Report on vaccination in Madras 1904-1921 - 1904-1921
Year: 1904
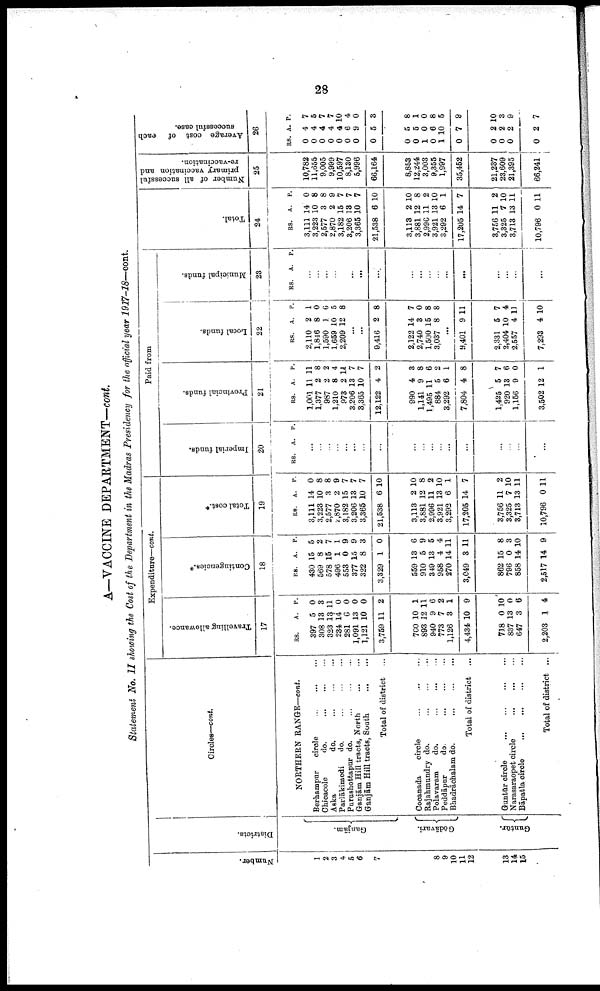
28
A—VACCINE DEPARTMENT—cont.
Statement No. II showing the Cost of the Department in the Madras Presidency for the official year 1917-18—cont.
Number.
1
2
3
4
5
6
7
8
9
10 11
12
13
14
15
Districts.
Ganjām.
Gōdāvari.
Guntūr.
Circles—cont.
NORTHERN RANGE—cont.
Berhampur
circle
...
...
...
Chicacole
do.
...
...
...
Aska
do.
...
...
...
Parlākimedi
do.
...
...
...
Purushottapur do.
...
...
...
Ganjām Hill tracts, North
...
...
Ganjām Hill tracts, South
...
...
Total of district ...
Cocanada
circle
...
...
...
Rajahmundry do.
...
...
...
Polavaram
do.
...
...
...
Peddāpur
do.
...
...
...
Bhadrāchalam do.
...
...
...
Total of district ...
Guntūr circle
...
...
...
...
Narasaraopet circle
...
...
...
Bāpatla circle
...
...
...
...
Total of district ...
Expenditure—cont.
Travelling allowance.
17
RS.
397
308
323
234
281
1,091
1,121
3,759
700
893
940
773
1,126
4,434
718
837
647
2,203
A.
5
13
13
14
6
13
10
11
10
12
9
7
3
10
0
13
3
1
P.
0
3
11
0
0
0
0
2
1
11
6
2
1
9
10
0
6
4
Contingencies.*
18
RS.
430
569
578
496
553
377
322
3,329
559
910
349
958
270
3,049
862
796
858
2,517
A.
15
8
15
1
0
15
8
1
13
5
13
4
14
3
15
0
14
14
P.
5
2
7
1
9
9
3
0
6
9
5
4
11
11
8
3
10
9
Total cost.*
19
RS.
3,111
3,223
2,577
2,870
3,182
3,206
3,365
21,538
3,113
3,881
2,996
3,921
3,292
17,205
3,756
3,325
3,713
10,796
A.
14
10
3
2
15
13
10
6
2
12
11
13
6
14
11
7
13
0
P.
0
8
8
9
7
7
7
10
10
8
2
10
1
7
2
10
11
11
Paid from
Imperial funds.
20
RS. A. P.
...
...
...
...
...
...
...
...
...
...
...
...
...
...
...
...
...
...
Provincial funds.
21
RS.
1,001
1,377
987
1,210
973
3,206
3,365
12,122
990
1,141
1,495
884
3,292
7,804
1,425
920
1,156
3,502
A.
11
2
2
8
2
13
10
4
4
9
11
5
6
4
5
13
9
12
P.
11
8
2
4
11
7
7
2
3
8
6
2
1
8
7
6
0
1
Local funds.
22
RS.
2,110
1,846
1,590
1,659
2,209
A.
2
8
1
10
12
P.
1
0
0
5
8
...
...
9,416
2,122
2,740
1,500
3,037
2
14
3
15
8
8
7
0
8
8
...
9,401
2,331
2,404
2,557
7,293
9
5
10
4
4
11
7
4
11
10
Municipal funds.
23
RS. A. P.
...
...
...
...
...
...
...
...
...
...
...
...
...
...
...
...
...
...
Total.
24
RS.
3,111
3,223
2,577
2,870
3,182
3,206
3,365
21,538
3,113
3,881
2,996
3,921
3,292
17,205
3,756
3,325
3,713
10,796
A.
14
10
3
2
15
13
10
6
2
12
11
13
6
14
11
7
13
0
P.
0
8
8
9
7
7
7
10
10
8
2
10
1
7
2
10
11
11
Number of all successful
primary vaccination and
re-vaccination.
25
10,782
11,655
9,005
9,999
10,597
8,130
5,996
66,164
8,853
12,244
3,003
9,355
1,997
35,452
21,237
23,609
21,395
66,241
Average cost of
each
successful case.
26
RS.
0
0
0
0
0
0
0
0
0
0
1
0
1
0
0
0
0
0
A.
4
4
4
4
4
6
9
5
5
5
0
6
10
7
2
2
2
2
P.
7
5
7
7
10
4
0
3
8
1
0
8
5
9
10
3
9
7